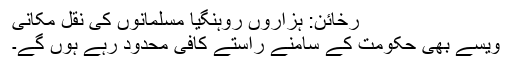
رخائن: ہزاروں روہنگیا مسلمانوں کی نقل مکانی
ویسے بھی حکومت کے سامنے راستے کافی محدود رہے ہوں گے۔